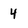
Character: 4